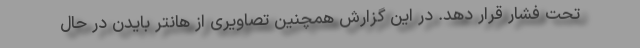
تحت فشار قرار دهد. در این گزارش همچنین تصاویری از هانتر بایدن در حال